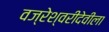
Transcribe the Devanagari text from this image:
वज्रेश्वरीदेवीला